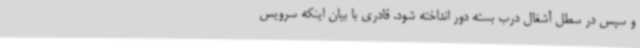
و سپس در سطل آشغال درب بسته دور انداخته شود. قادری با بیان اینکه سرویس